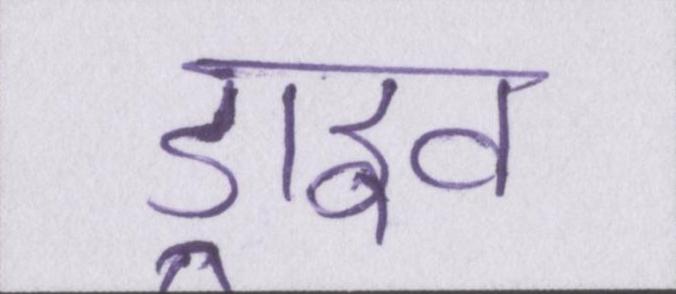
ड्राइव